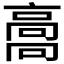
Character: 𩫌